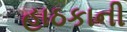
હાઠકાની